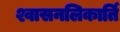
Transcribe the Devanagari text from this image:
श्वासनलिकार्ति